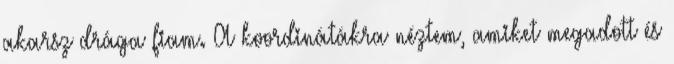
akarsz drága fiam. A koordinátákra néztem, amiket megadott és